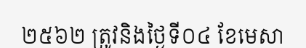
២៥៦២ ត្រូវនិងថ្ងៃទី០៤ ខែមេសា